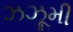
ઝઝૂમી